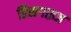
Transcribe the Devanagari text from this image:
डिसगाइज